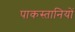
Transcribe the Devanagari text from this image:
पाकस्तानियों